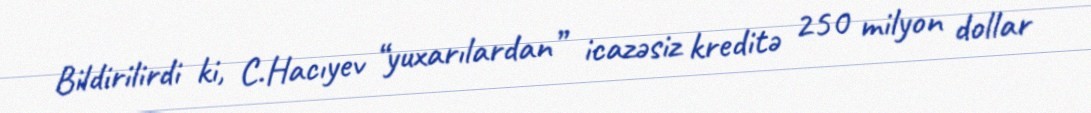
Bildirilirdi ki, C.Hacıyev “yuxarılardan” icazəsiz kreditə 250 milyon dollar